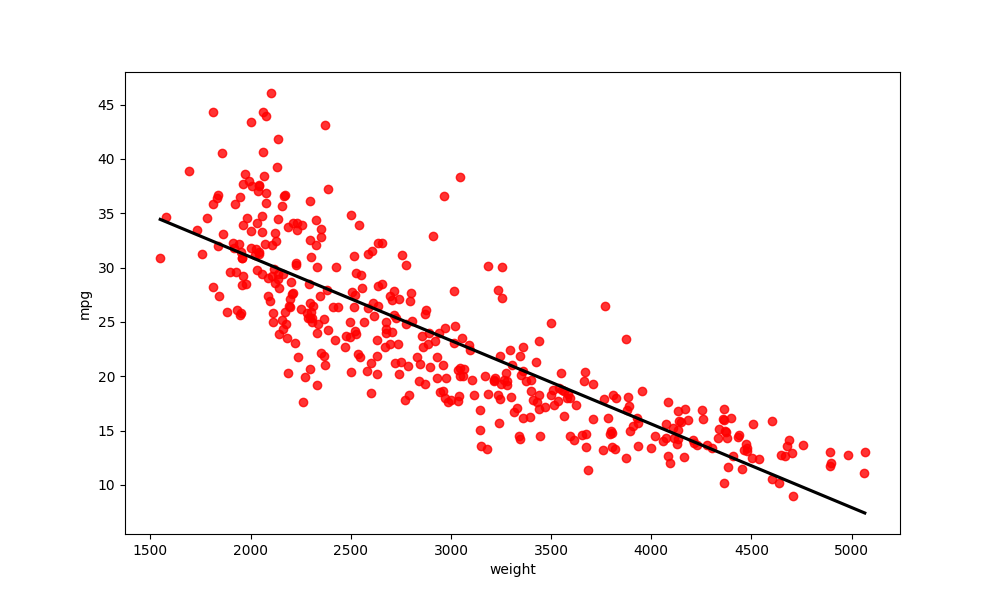
python, seaborn, regplot, order=1, ci=None, scatter_color=red, line_color=black